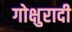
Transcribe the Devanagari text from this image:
गोक्षुरादी